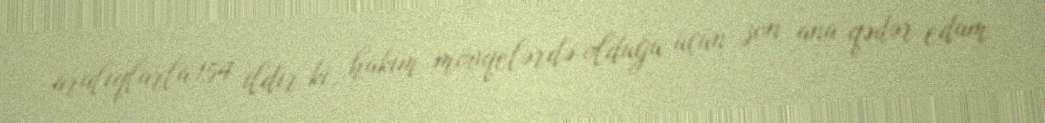
aralıqlarla 154 ildir ki, hakim mövqelərdə olduğu üçün son ana qədər edam